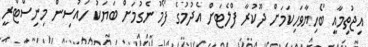
އިޖުތިމާއީ ބޯހިޔާވަހިކަމަށް ދޫކުރާ ފްލެޓަށް އެދުމުގެ ފޯމު ނެގުމަށް ބަޔަކު ހައުސިން މިނިސްޓްރީ